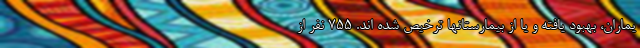
یماران، بهبود یافته و یا از بیمارستانها ترخیص شده اند. ۷۵۵ نفر از